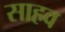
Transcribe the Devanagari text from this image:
साहव